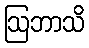
ဩဘာသိ